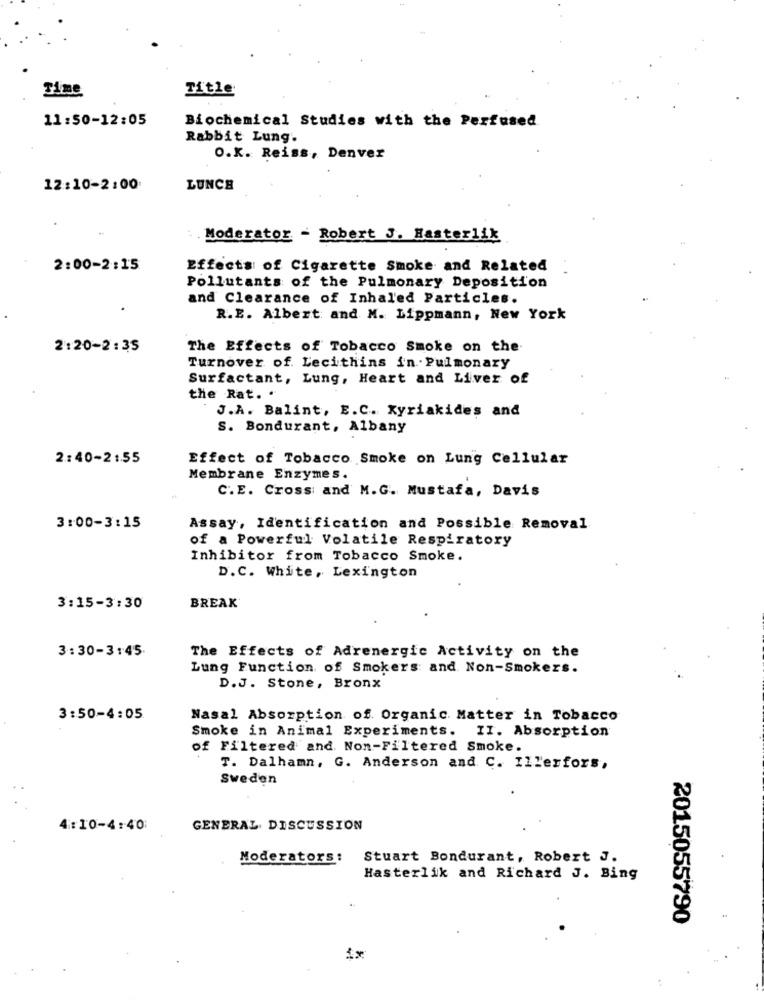
Time
Title
11:50-12:05
Biochemical Studies with the Perfused
Rabbit Lung.
O.K. Reiss, Denver
12:10-2:00
LUNCH
. Moderator - Robert J. Hasterlik
2:00-2:15
Effects of Cigarette Smoke and Related
Pollutants of the Pulmonary Deposition
and Clearance of Inhaled Particles.
R.E. Albert and M. Lippmann, New York
2:20-2:35
The Effects of Tobacco Smoke on the
Turnover of. Lecithins in Pulmonary
Surfactant, Lung, Heart and Liver of
the Rat. .
J.A. Balint, E.C. Kyriakides and
S. Bondurant, Albany
2:40-21.55
Effect of Tobacco Smoke on Lung Cellular
Membrane Enzymes.
C.E. Cross and M.G. Mustafa, Davis
3:00-3:15
Assay, Identification and Possible Removal
of a Powerful Volatile Respiratory
Inhibitor from Tobacco Smoke.
D.C. White, Lexington
3:15-3:30
BREAK
3:30-3:45.
The Effects of Adrenergic Activity on the
Lung Function of Smokers and Non-Smokers.
D.J. Stone, Bronx
3:50-4:05
Nasal Absorption of. Organic Matter in Tobacco
Smoke in Animal Experiments. II. Absorption
of Filtered and Non-Filtered Smoke.
T. Dalhamn, G. Anderson and C. Illerfors,
Sweden
4:10-4:40:
GENERAL DISCUSSION
Moderators:
Stuart Bondurant, Robert J.
Hasterlik and Richard J. Bing
2015055790
1x